Report on the working of the Ranchi Indian Mental Hospital, Kanke, in Bihar and Orissa - 1930-1940
Year: 1930
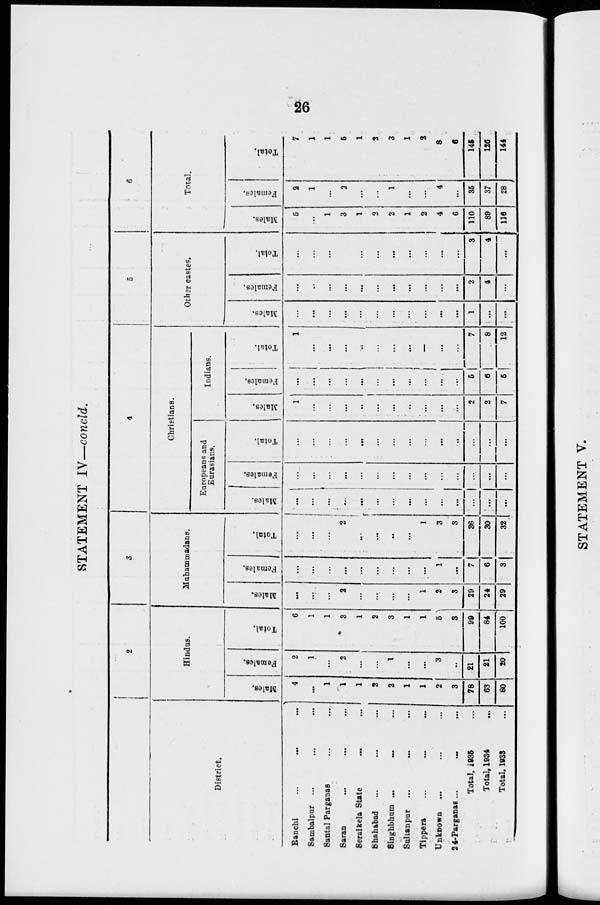
26
STATEMENT IV—concld.
District.
Ranchi
...
...
...
Sambalpur ... ... ...
Santal Parganas ... ... ...
Saran
...
...
...
Seraikela State ... ... ...
Shahabad ... ... ...
Singhbhum ... ... ...
Sultanpur ... ... ...
Tippera
...
...
...
Unknown ... ... ...
24-Parganas ... ... ...
Total, 1935 ... ... ...
Total, 1934 ... ... ...
Total. 1933 ... ... ...
2
Hindus.
Males.
4
...
1
1
1
2
2
1
1
2
3
78
63
80
Females.
2
1
...
2
...
...
1
...
...
3
...
21
21
20
Total.
6
1
1
3
1
2
3
1
1
5
3
99
84
100
3
Muhammadans.
Males.
..
...
...
2
...
..
...
...
1
2
3
29
24
29
Females.
...
...
...
...
...
..
...
...
...
1
...
7
6
3
Total.
...
...
...
2
...
...
...
...
1
3
3
36
30
32
4
Christians.
Europeans and
Eurasians.
Males.
...
...
...
...
...
...
...
...
...
...
...
...
...
..
Females.
...
...
...
...
...
...
...
...
...
...
...
...
...
...
Total.
...
...
...
...
...
...
...
...
...
...
...
...
...
...
Indians.
Males.
1
...
...
...
...
...
...
...
...
...
...
2
2
7
Females.
...
...
...
...
...
...
...
...
...
...
...
5
6
5
Total.
1
...
..
...
...
...
...
...
...
...
...
7
8
12
5
Other castes.
Males.
...
...
...
...
...
...
...
...
...
...
...
1
..
..
Females.
...
...
...
...
..
...
...
...
...
...
...
2
4
...
Total.
...
...
...
...
...
...
...
..
...
3
4
..
6
Total.
Males.
5
...
1
3
1
2
2
1
2
4
6
110
89
116
Females.
2
1
...
2
...
...
1
...
...
4
...
36
37
28
Total.
7
1
1
5
1
2
3
1
2
8
6
145
126
144